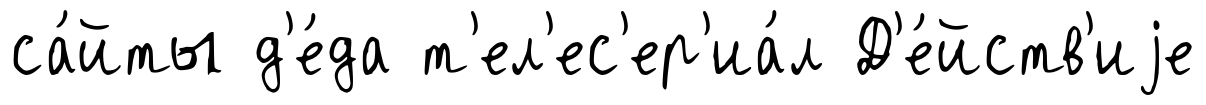
са́йты д'е́да т'ел'ес'ер'иа́л Д'е́йств'иjе